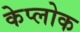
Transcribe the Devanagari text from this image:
केप्लोक